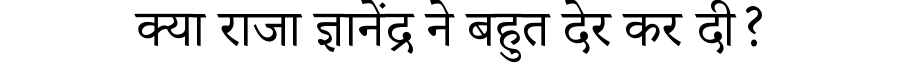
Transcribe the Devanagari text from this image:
क्या राजा ज्ञानेंद्र ने बहुत देर कर दी?